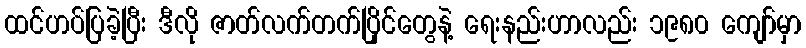
ထင်ဟပ်ပြခဲ့ပြီး ဒီလို ဇာတ်လက်တက်ပြိုင်တွေနဲ့ ရေးနည်းဟာလည်း ၁၉၈၀ ကျော်မှာ